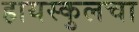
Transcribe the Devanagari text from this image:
हायस्‍कुलचा